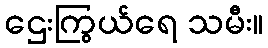
ဌေးကြွယ်ရေ သမီး။